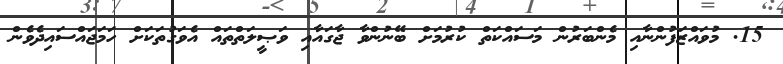
15. މުވައްޒަފުންނާއި މެންބަރުން މަސައްކަތް ކުރުމަށް ބޭނުންވާ ޖާގައާއި ވަޞީލަތްތައް އެވަގުތަކަށް ހަމަޖައްސައިދެވެން